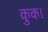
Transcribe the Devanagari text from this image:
कुक।